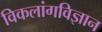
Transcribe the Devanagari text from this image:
विकलांगविज्ञान